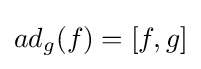
ad_{g}(f)=[f,g]